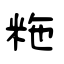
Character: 粚